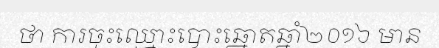
ថា ការចុះឈ្មោះបោះឆ្នោតឆ្នាំ២០១៦ មាន